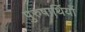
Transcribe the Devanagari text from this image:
पुरुषार्थियों